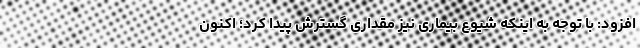
افزود: با توجه به اینکه شیوع بیماری نیز مقداری گسترش پیدا کرد؛ اکنون